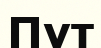
Пұт